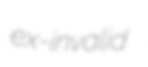
ex-invalid